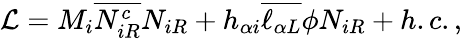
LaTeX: {\cal L}=M_{i}\overline{{{N_{iR}^{c}}}}N_{iR}+h_{\alpha i}\overline{{{\ell_{\alpha L}}}}\phi N_{iR}+h.c.,